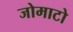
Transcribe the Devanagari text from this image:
जोमाटो